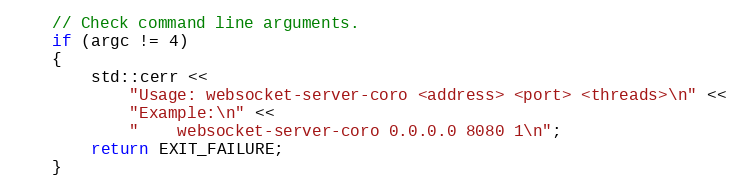
Language: C++
    // Check command line arguments.
    if (argc != 4)
    {
        std::cerr <<
            "Usage: websocket-server-coro <address> <port> <threads>\n" <<
            "Example:\n" <<
            "    websocket-server-coro 0.0.0.0 8080 1\n";
        return EXIT_FAILURE;
    }